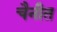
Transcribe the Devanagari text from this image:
चैनीत